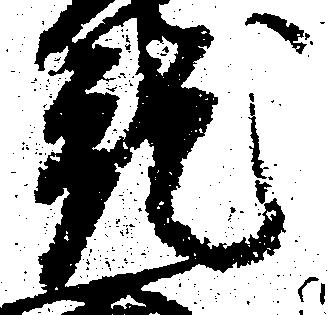
就